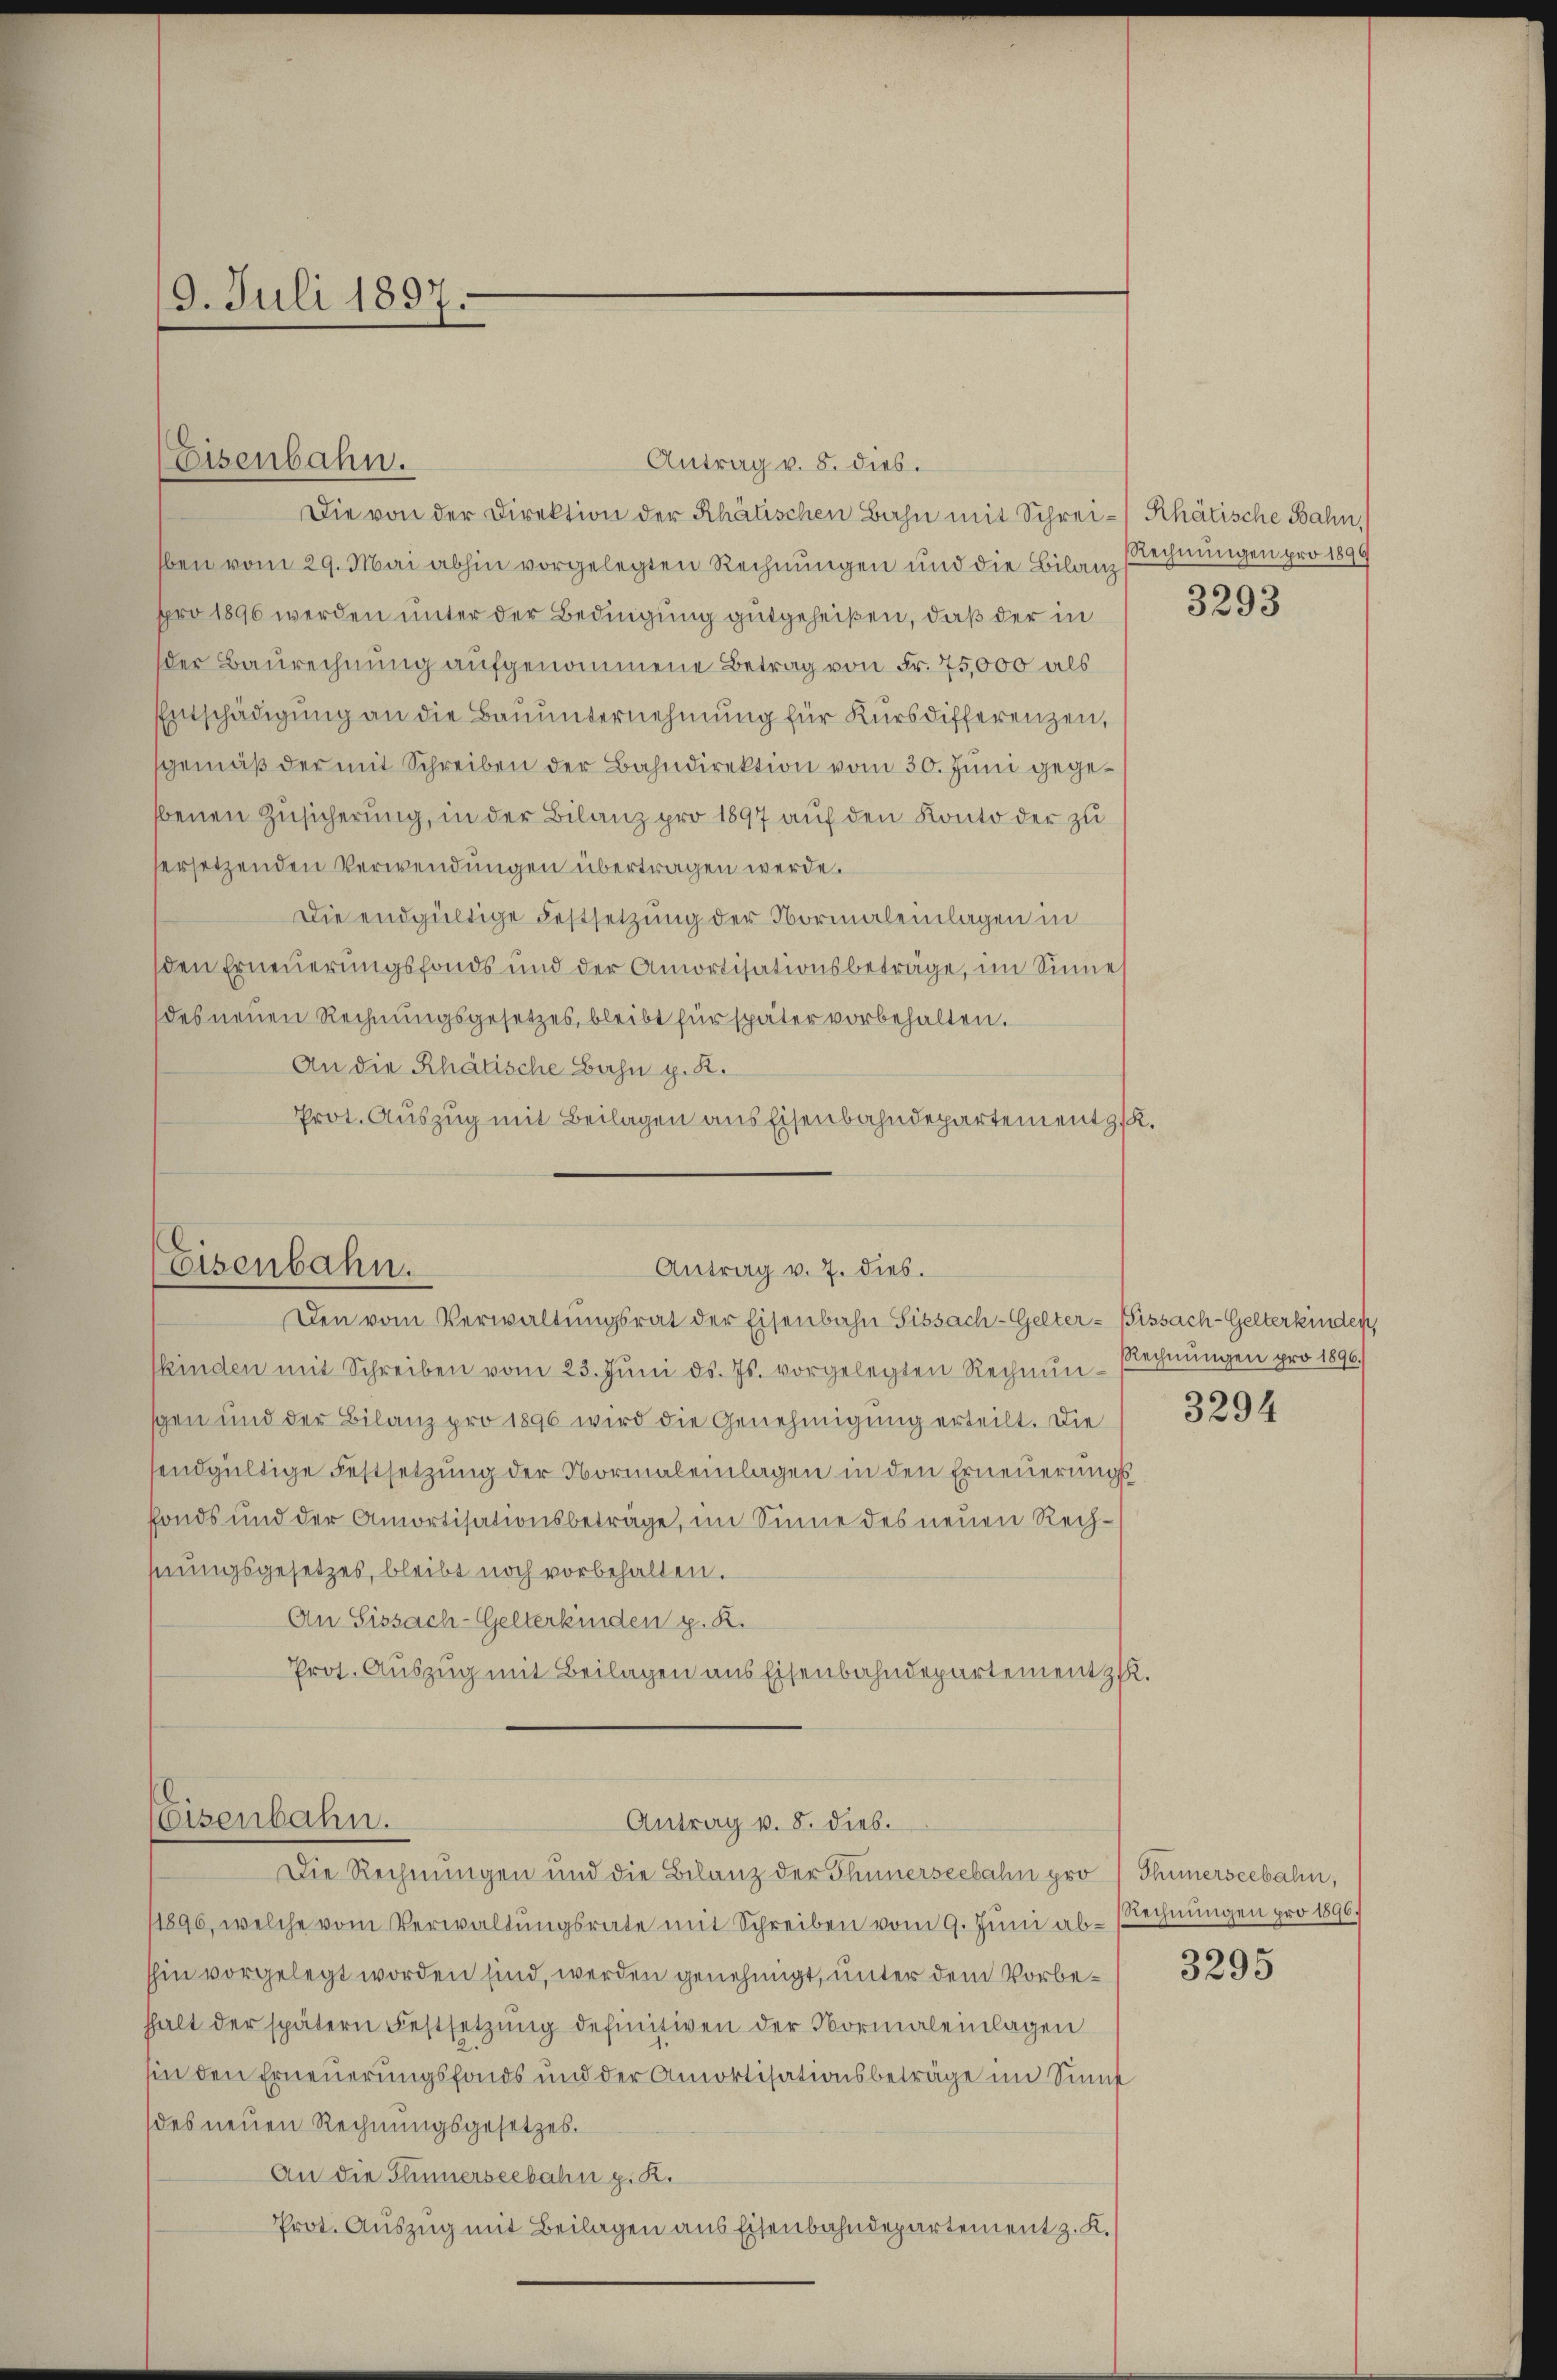
9. Juli 1897.

Antrag v. 8. dies.
Die von der Direktion der Rhätischen Bahn mit Schrei- Rhätische Bahn,
ben vom 29. Mai abhin vorgelegten Rechnungen und die Bilanz
pro 1896 werden unter der Bedingung gutgeheißen, daß der in
der Baurechnung aufgenommene Betrag von Fr. 75,000 als
Einschädigung an die Bauunternehmung für Kursdifferenzen,
gemäβ der mit Schreiben der Bahndirektion vom 30. Juni gegebenen Zusicherung, in der Bilanz pro 1897 auf den Konto der zu
ersetzenden Verwendungen übertragen werde.
Die endgültige Festsetzung der Normaleinlagen in
den Erneuerungsfonds und der Amortisationsbeträge, im Sinne
des neuen Rechnŭngsgesetzes, bleibt für später vorbehalten.
An die Rhätische Bahn p. K.
Prot. Auszug mit Beilagen aus Eisenbahndepartement g

Eisenbahn.

Eisenbahn.

Antrag v. 7. dies.
Den vom Verwaltungsrat der Eisenbahn Sissach-Gelter-Sissach-Gelterkinden,

eisenbahn.
Antrag v. 8. dies.
Die Rechnungen und die Bilanz der Thunerseebahn pro Thümerseebahn,

kinden mit Schreiben vom 23. Jŭni d. Js. vorgelegten Rechnŭn-
gen und der Bilanz pro 1896 wird die Genehmigung erteilt. Die
sendgültige Festsetzung der Normaleinlagen in den Erneuerungsfonds und der Amortisationsbeträge, im Sinne des neuen Rechhungsgesetzes, bleibt noch vorbehalten.
An Sissach-Gelterkinden z. R.
Pros. Auszug mit Beilagen aus Eisenbahndepartement z.

1896, welche vom Verwaltŭngsrate mit Schreiben vom 9. Juni ab-
hin vorgelegt worden sind, werden genehmigt, unter dem Vorbehhalt der spätern Festsetzŭng definitiven der Normaleinlagen
sin den Erneuerungsfonds und der Amortisationsbeträge im Sinne
des neuen Rechnungsgesetzes.
An die Blümerseebahn g. R.
Prot. Auszug mit Beilagen aus Eisenbahndepartement z. K.

Rechnungen pro 1896
3293

Rechnungen pro 1896.
3294

Rechnungen pro 1896.

3295